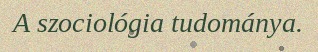
A szociológia tudománya.